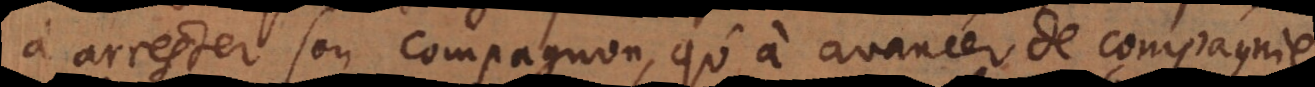
à arrester son compagnon, qu’à avancer de compagnie,